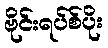
ဗိုင်းရပ်စ်ပိုး